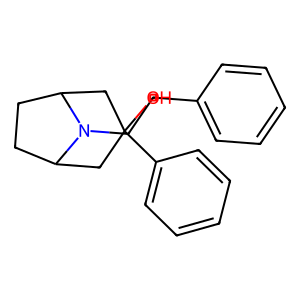
SMILES: OC1(c2ccccc2)CC2CCC(C1)N2CCc1ccccc1
Inhibits HIV replication: No